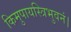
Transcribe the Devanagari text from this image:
किमुपायस्त्रिभुवनं।